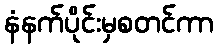
နံနက်ပိုင်းမှစတင်ကာ